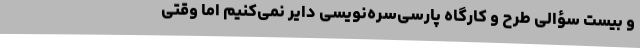
و بیست سؤالی طرح و کارگاه پارسی‌سره‌نویسی دایر نمی‌کنیم اما وقتی